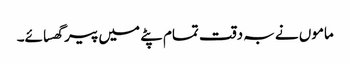
ماموں نے بہ دقت تمام پٹے میں پیر گھسائے۔